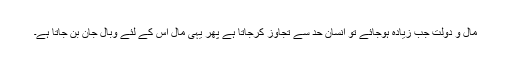
مال و دولت جب زیادہ ہوجائے تو انسان حد سے تجاوز کرجاتا ہے پھر یہی مال اس کے لئے وبال جان بن جاتا ہے۔